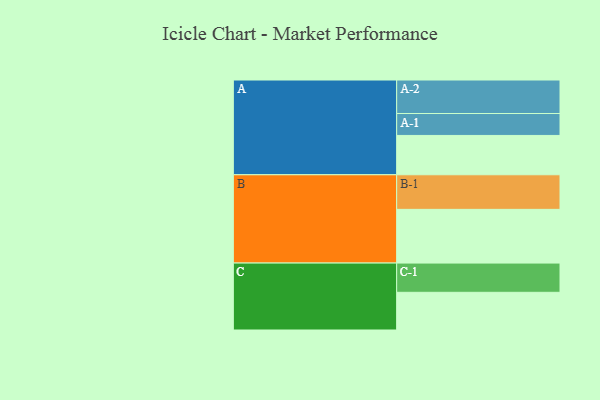
{"axis": {"x": "Segment", "y": "Value"}, "legend": ["", "A", "B", "C"], "data": [{"x": "A", "y": 339, "type": ""}, {"x": "B", "y": 463, "type": ""}, {"x": "C", "y": 325, "type": ""}, {"x": "A-1", "y": 189, "type": "A"}, {"x": "A-2", "y": 289, "type": "A"}, {"x": "B-1", "y": 298, "type": "B"}, {"x": "C-1", "y": 252, "type": "C"}]}